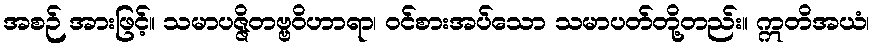
အစဉ် အားဖြင့်။ သမာပဇ္ဇိတဗ္ဗဝိဟာရာ၊ ဝင်စားအပ်သော သမာပတ်တို့တည်း။ ဣတိအယံ၊